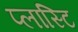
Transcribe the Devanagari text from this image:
प्लास्टि